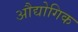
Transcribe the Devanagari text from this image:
अौद्योगिक